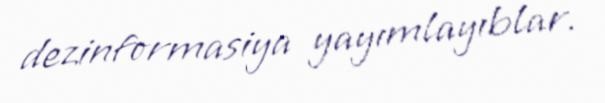
dezinformasiya yayımlayıblar.